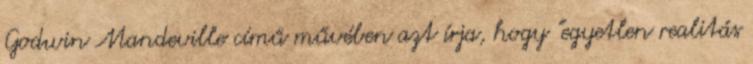
Godwin Mandeville című művében azt írja, hogy "egyetlen realitás